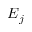
E _ { j }